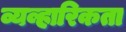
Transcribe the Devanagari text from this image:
व्यव्हारिकता